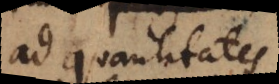
ad quantitates